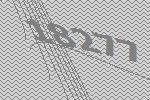
18277